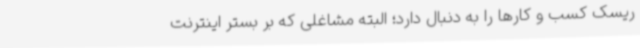
ریسک کسب و کارها را به دنبال دارد؛ البته مشاغلی که بر بستر اینترنت